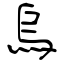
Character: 烏